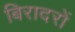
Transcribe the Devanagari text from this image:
बिरादरों